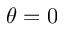
\theta = 0